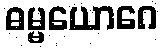
ဓမ္မယောဂေ